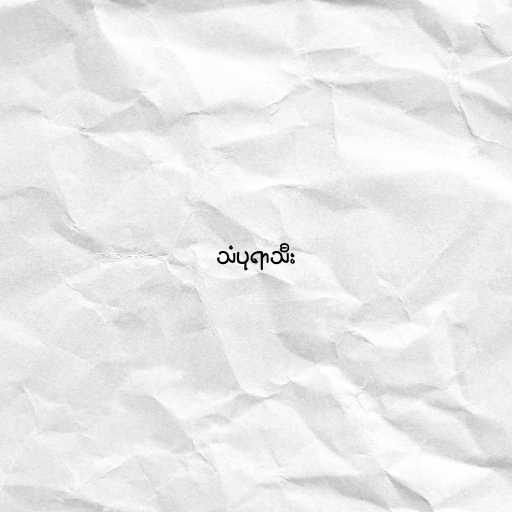
သံပုရာသီး